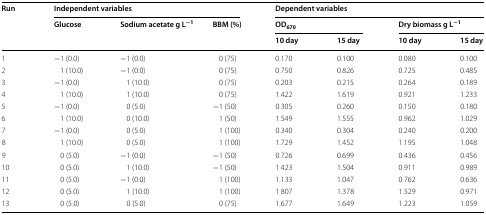
| <ROWSPAN=3> Run | <COLSPAN=3> Independent variables | <COLSPAN=4> Dependent variables |
 | Glucose | Sodium acetate g L−1 | BBM (%) | <COLSPAN=2> OD670 | <COLSPAN=2> Dry biomass g L−1 |
 |  |  |  | 10 day | 15 day | 10 day | 15 day |
 | --- | --- | --- | --- | --- | --- | --- | --- |
 | 1 | −1 (0.0) | −1 (0.0) | 0 (75) | 0.170 | 0.100 | 0.080 | 0.100 |
 | 2 | 1 (10.0) | −1 (0.0) | 0 (75) | 0.750 | 0.826 | 0.725 | 0.485 |
 | 3 | −1 (0.0) | 1 (10.0) | 0 (75) | 0.203 | 0.215 | 0.264 | 0.189 |
 | 4 | 1 (10.0) | 1 (10.0) | 0 (75) | 1.422 | 1.619 | 0.921 | 1.233 |
 | 5 | −1 (0.0) | 0 (5.0) | −1 (50) | 0.305 | 0.260 | 0.150 | 0.180 |
 | 6 | 1 (10.0) | 0 (10.0) | 1 (50) | 1.549 | 1.555 | 0.962 | 1.029 |
 | 7 | −1 (0.0) | 0 (5.0) | 1 (100) | 0.340 | 0.304 | 0.240 | 0.200 |
 | 8 | 1 (10.0) | 0 (5.0) | 1 (100) | 1.729 | 1.452 | 1.195 | 1.048 |
 | 9 | 0 (5.0) | −1 (0.0) | −1 (50) | 0.726 | 0.699 | 0.436 | 0.456 |
 | 10 | 0 (5.0) | 1 (10.0) | −1 (50) | 1.423 | 1.504 | 0.911 | 0.989 |
 | 11 | 0 (5.0) | −1 (0.0) | 1 (100) | 1.133 | 1.047 | 0.762 | 0.636 |
 | 12 | 0 (5.0) | 1 (10.0) | 1 (100) | 1.807 | 1.378 | 1.529 | 0.971 |
 | 13 | 0 (5.0) | 0 (5.0) | 0 (75) | 1.677 | 1.649 | 1.223 | 1.059 |